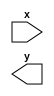
module test(
    input x,
    output reg y
    
);
    reg z;
    assign z = x;

    wire b;
    always @(x)
    begin
        b = x;
    end
endmodule